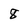
Character: 8